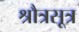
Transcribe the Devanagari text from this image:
श्रौत्रसूत्र